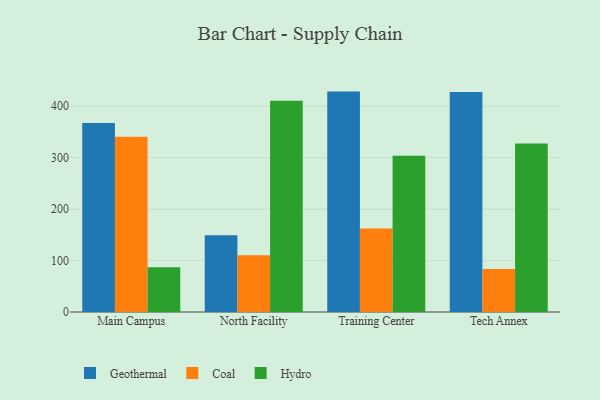
{"axis": {"x": "Campus", "y": "Backlog"}, "legend": ["Coal", "Geothermal", "Hydro"], "data": [{"x": "Main Campus", "y": 367.2, "type": "Geothermal"}, {"x": "Main Campus", "y": 340.2, "type": "Coal"}, {"x": "Main Campus", "y": 87.1, "type": "Hydro"}, {"x": "North Facility", "y": 149.3, "type": "Geothermal"}, {"x": "North Facility", "y": 110.3, "type": "Coal"}, {"x": "North Facility", "y": 410.3, "type": "Hydro"}, {"x": "Training Center", "y": 428.1, "type": "Geothermal"}, {"x": "Training Center", "y": 162.1, "type": "Coal"}, {"x": "Training Center", "y": 303.3, "type": "Hydro"}, {"x": "Tech Annex", "y": 427.2, "type": "Geothermal"}, {"x": "Tech Annex", "y": 83.6, "type": "Coal"}, {"x": "Tech Annex", "y": 327.5, "type": "Hydro"}]}